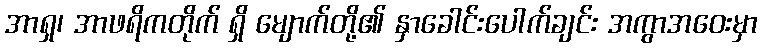
အာရှ၊ အာဖရိကတိုက် ရှိ မျောက်တို့၏ နှာခေါင်းပေါက်ချင်း အကွာအဝေးမှာ